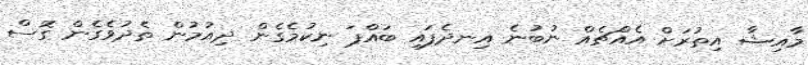
މާއިޝާ އިތުރަށް އެއްޗެއް ނުބުނެ އިނދެފައި ބައްޕަ ނިކުމެގެން ދިއުމުން ތެދުވެގެން ގޮސް